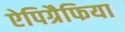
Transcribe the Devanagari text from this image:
ऐपिग्रैफिया